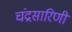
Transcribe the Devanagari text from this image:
चंद्रसारिणी